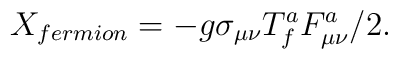
X_{fermion}=-g\sigma_{\mu\nu}T^{a}_{f}F^{a}_{\mu\nu}/2.